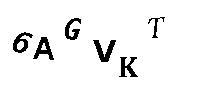
6AGVKT